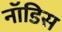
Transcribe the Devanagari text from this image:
नॉडिस